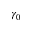
\gamma _ { 0 }